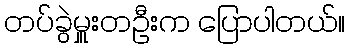
တပ်ခွဲမှူးတဦးက ပြောပါတယ်။